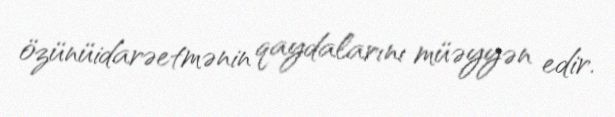
özünüidarəetmənin qaydalarını müəyyən edir.